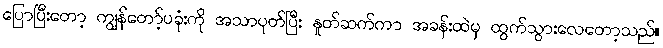
ပြောပြီးတော့ ကျွန်တော့်ပခုံးကို အသာပုတ်ပြီး နှုတ်ဆက်ကာ အခန်းထဲမှ ထွက်သွားလေတော့သည်။